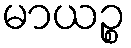
မာယဉ္စ